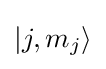
\left|j,m_{j}\right\rangle